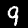
Label: 9